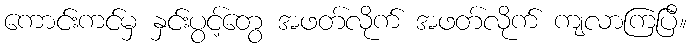
ကောင်းကင်မှ နှင်းပွင့်တွေ အဖတ်လိုက် အဖတ်လိုက် ကျလာကြပြီ။